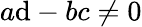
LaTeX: a\mathrm{d}-bc\neq0